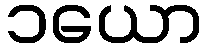
၁ယော